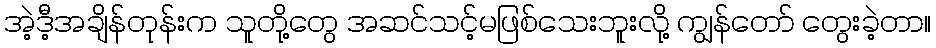
အဲ့ဒီ့အချိန်တုန်းက သူတို့တွေ အဆင်သင့်မဖြစ်သေးဘူးလို့ ကျွန်တော် တွေးခဲ့တာ။